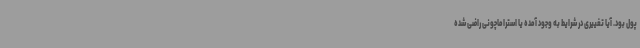
پول بود. آیا تغییری در شرایط به وجود آمده یا استراماچونی راضی شده